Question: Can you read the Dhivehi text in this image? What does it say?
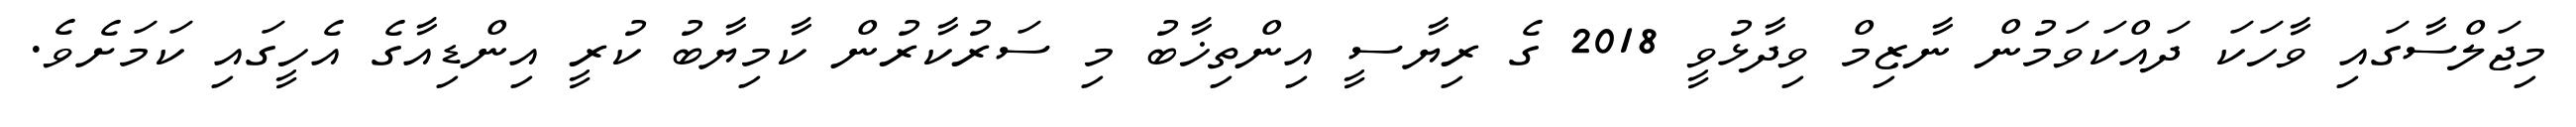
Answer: މިޖަލްސާގައި ވާހަކަ ދައްކަވަމުން ނާޒިމް ވިދާޅުވީ 2018 ގެ ރިޔާސީ އިންތިޚާބު މި ސަރުކާރުން ކާމިޔާބު ކުރީ އިންޑިއާގެ އެހީގައި ކަމަށެވެ.